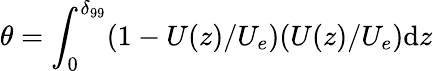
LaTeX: \theta=\int_{0}^{\delta_{99}}(1-U(z)/U_{e})(U(z)/U_{e})\mathrm{d}z